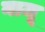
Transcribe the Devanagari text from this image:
नाजू